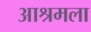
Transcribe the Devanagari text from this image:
आश्रमला